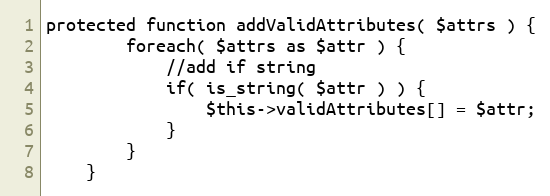
Language: PHP
protected function addValidAttributes( $attrs ) {
        foreach( $attrs as $attr ) {
            //add if string
            if( is_string( $attr ) ) {
                $this->validAttributes[] = $attr;
            }
        }
    }